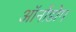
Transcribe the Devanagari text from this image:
ऑनोंडोग